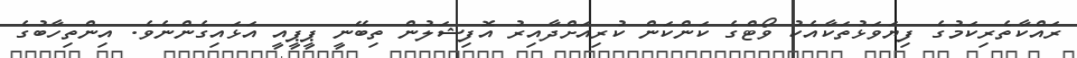
ރައްކާތެރިކަމުގެ ފިޔަވަޅުތަކާއެކު ވޯޓްގެ ކަންކަން ކުރިއަށްދާއިރު އޮފިޝަލުން ތިބޭނީ ޕީޕީއީ އަޅައިގެންނެވެ. އިންތިހާބުގެ